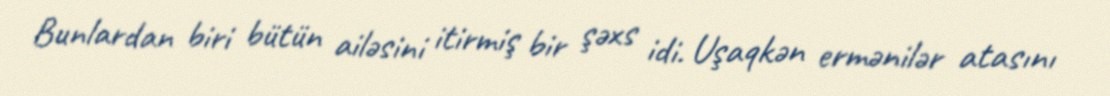
Bunlardan biri bütün ailəsini itirmiş bir şəxs idi. Uşaqkən ermənilər atasını